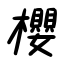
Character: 櫻